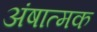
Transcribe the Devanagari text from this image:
अंषात्मक